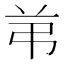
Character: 𰰣